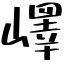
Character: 嶧